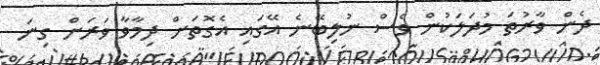
ދެން ވާރުތަ މުދަލަކުން ވެސް ނުލިބޭނެ އޭގައި އެގޮތަށް ދިމާވާ ވަރަށް ގިނަ